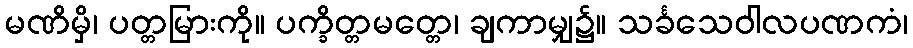
မဏိမှိ၊ ပတ္တမြားကို။ ပက္ခိတ္တမတ္တေ၊ ချကာမျှ၌။ သင်္ခသေဝါလပဏကံ၊